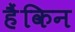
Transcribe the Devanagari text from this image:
हैंकिन